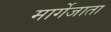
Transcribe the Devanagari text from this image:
मार्गेजाता